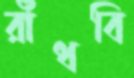
রাঁধবি